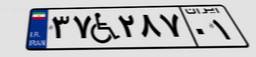
۳۷W۲۸۷۰۱